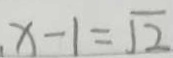
x - 1 = \sqrt { 2 }